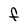
Character: F